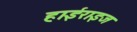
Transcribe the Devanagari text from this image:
हाईराइज